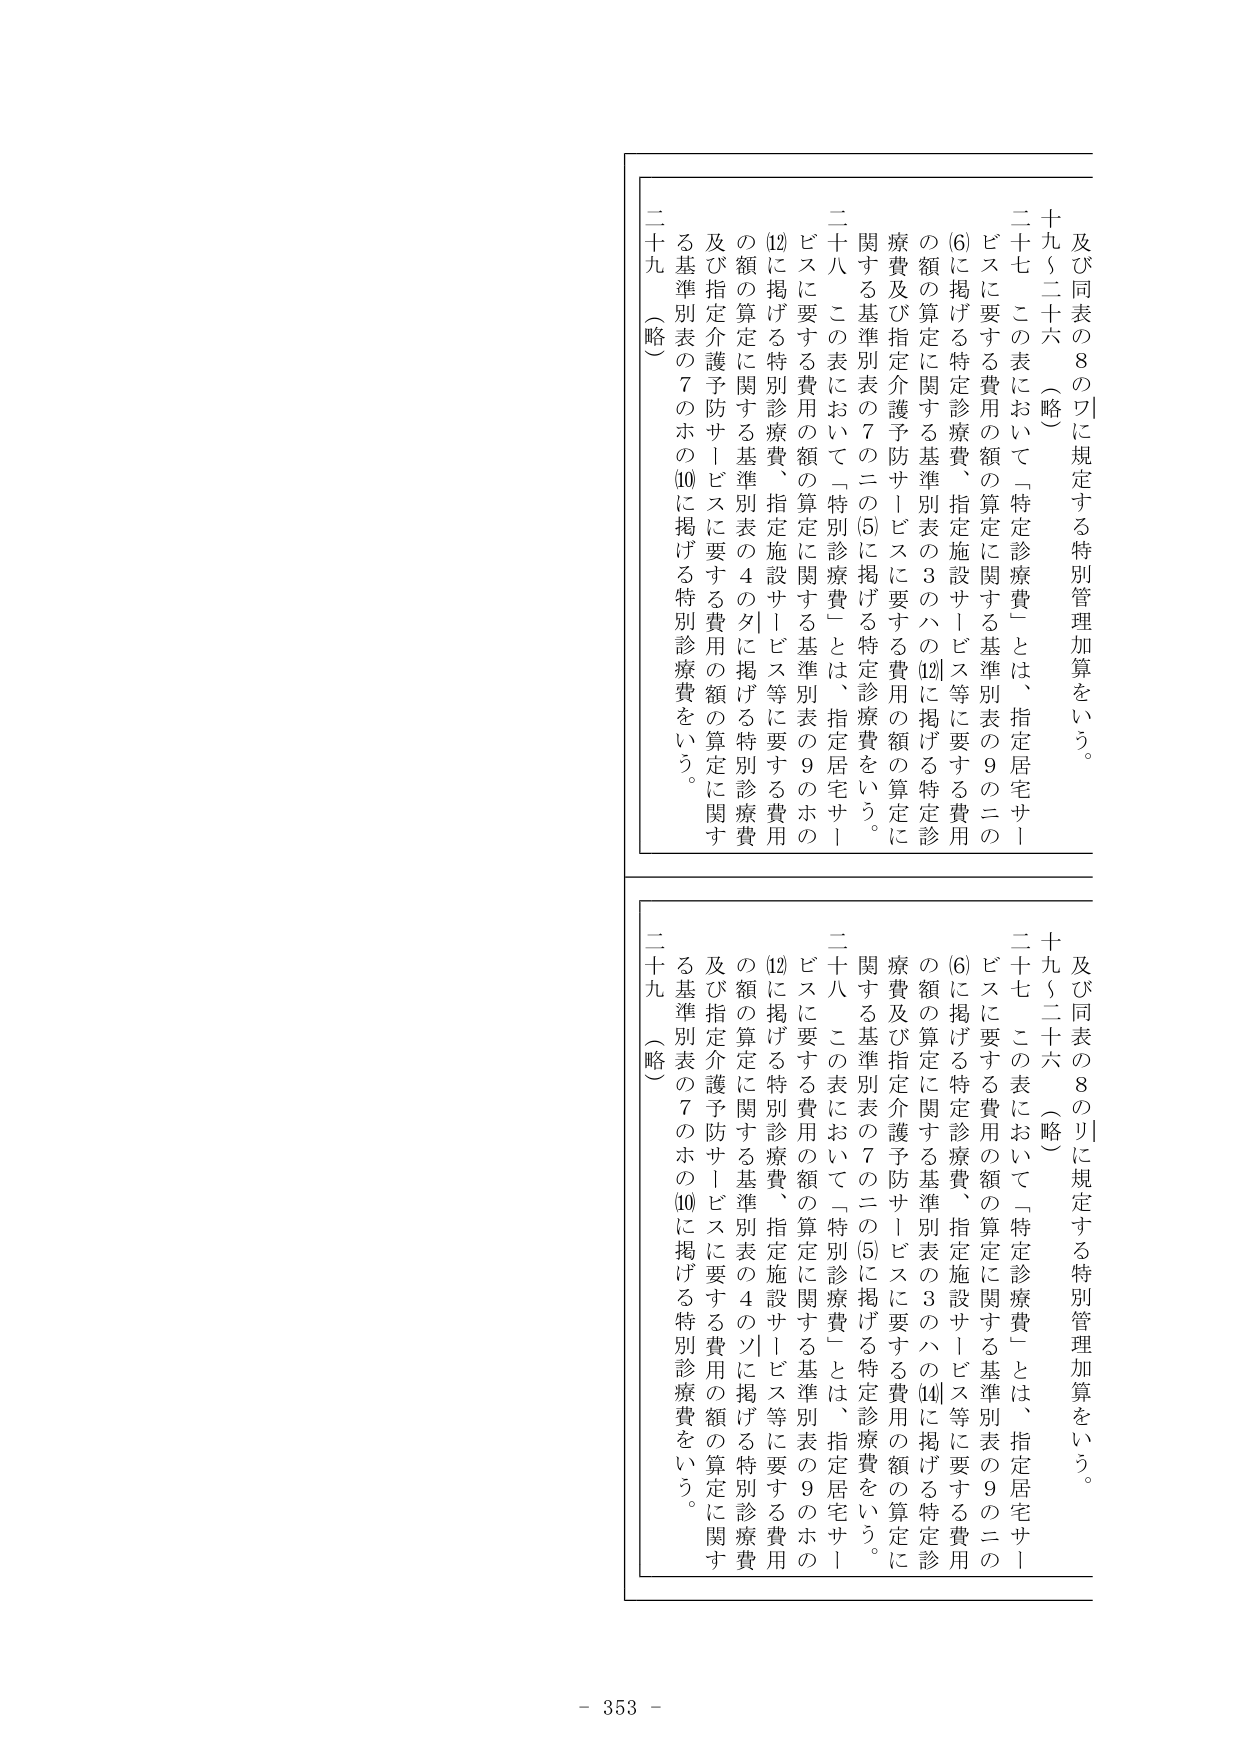
及び同表の８のワに規定する特別管理加算をいう。
二十九～二十六（略）
二十七　この表において「特定診療費」とは、指定居宅サービスに要する費用の額の算定に関する基準別表の９のニの(6)に掲げる特定診療費、指定施設サービス等に要する費用の額の算定に関する基準別表の３のハの(12)に掲げる特定診療費及び指定介護予防サービスに要する費用の額の算定に関する基準別表の７のニの(5)に掲げる特定診療費をいう。
二十八　この表において「特別診療費」とは、指定居宅サービスに要する費用の額の算定に関する基準別表の９のホの(12)に掲げる特別診療費、指定施設サービス等に要する費用の額の算定に関する基準別表の４のタに掲げる特別診療費及び指定介護予防サービスに要する費用の額の算定に関する基準別表の７のホの(10)に掲げる特別診療費をいう。
二十九（略）

及び同表の８のリに規定する特別管理加算をいう。
二十九～二十六（略）
二十七　この表において「特定診療費」とは、指定居宅サービスに要する費用の額の算定に関する基準別表の９のニの(6)に掲げる特定診療費、指定施設サービス等に要する費用の額の算定に関する基準別表の３のハの(14)に掲げる特定診療費及び指定介護予防サービスに要する費用の額の算定に関する基準別表の７のニの(5)に掲げる特定診療費をいう。
二十八　この表において「特別診療費」とは、指定居宅サービスに要する費用の額の算定に関する基準別表の９のホの(12)に掲げる特別診療費、指定施設サービス等に要する費用の額の算定に関する基準別表の４のソに掲げる特別診療費及び指定介護予防サービスに要する費用の額の算定に関する基準別表の７のホの(10)に掲げる特別診療費をいう。
二十九（略）

- 353 -